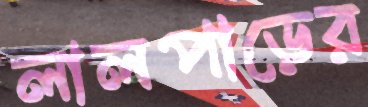
লালপাড়ের